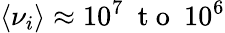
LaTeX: \langle\nu_{i}\rangle\approx 10^{7}~\mathrm{~t~o~}~10^{6}